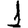
Digit: 1